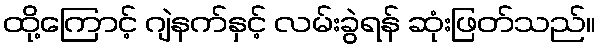
ထို့ကြောင့် ဂျဲနက်နှင့် လမ်းခွဲရန် ဆုံးဖြတ်သည်။